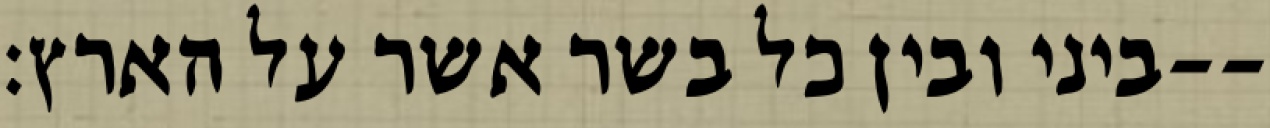
ביני ובין כל בשר אשר על הארץ׃--